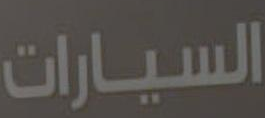
السيارات